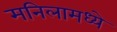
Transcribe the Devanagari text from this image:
मनिलामध्ये